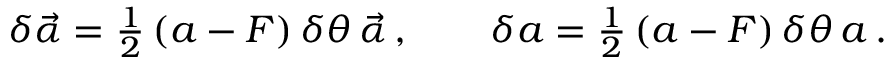
\delta \vec { \alpha } = { \textstyle \frac 1 2 } \, ( a - F ) \, \delta \theta \, \vec { \alpha } \, , \qquad \delta a = { \textstyle \frac 1 2 } \, ( a - F ) \, \delta \theta \, a \, .